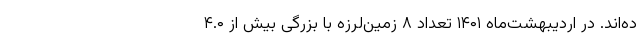
ده‌اند. در اردیبهشت‌ماه ۱۴۰۱ تعداد ۸ زمین‌لرزه با بزرگی بیش از ۴.۰